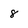
Character: 8